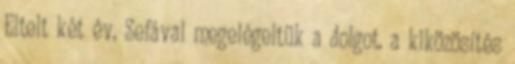
Eltelt két év, Sefával megelégeltük a dolgot. a kiközösítés